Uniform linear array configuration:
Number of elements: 4
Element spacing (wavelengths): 1
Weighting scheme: uniform
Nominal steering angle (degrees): -45
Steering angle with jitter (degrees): -43.326
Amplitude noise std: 0.05
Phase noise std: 0.05

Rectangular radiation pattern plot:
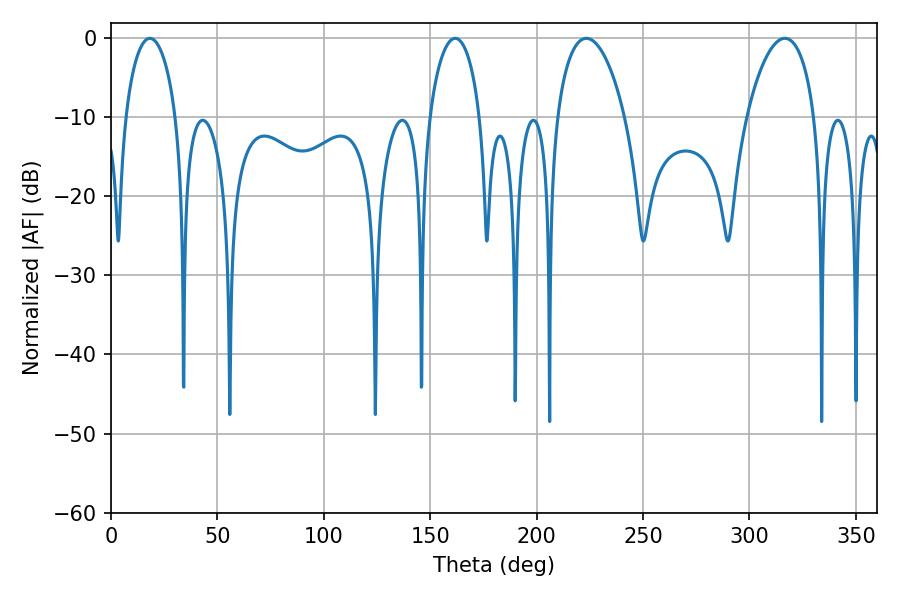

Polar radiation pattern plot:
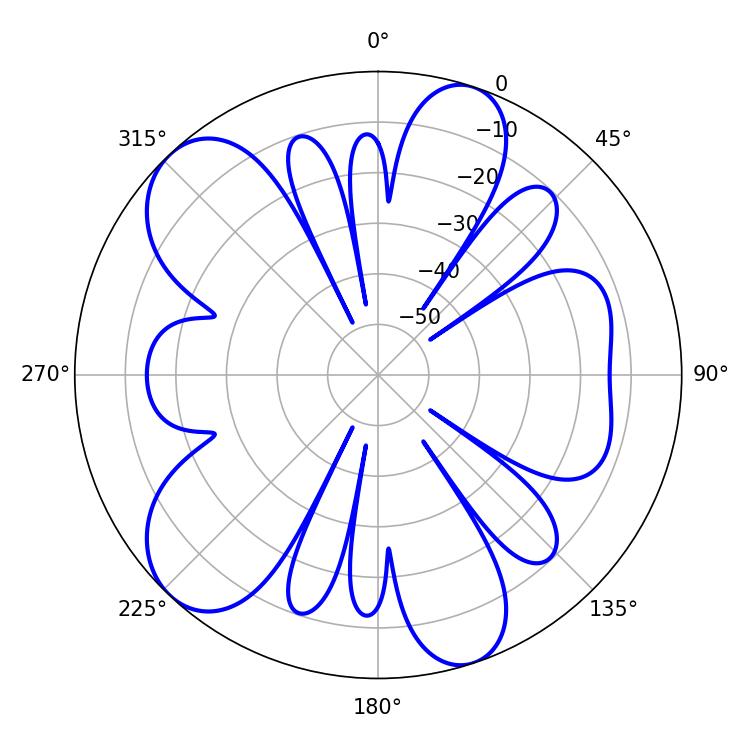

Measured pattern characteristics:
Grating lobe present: TRUE
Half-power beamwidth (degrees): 18
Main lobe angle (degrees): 223.38